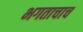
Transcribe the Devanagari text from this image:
भगताचाच